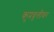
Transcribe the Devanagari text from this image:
कुप्रवृत्तींवर